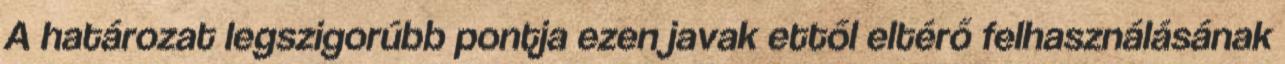
A határozat legszigorúbb pontja ezen javak ettől eltérő felhasználásának